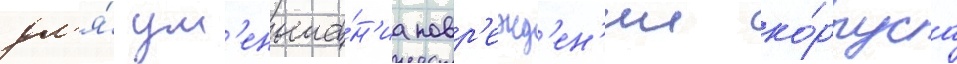
дл'я́ ум'еньше́н'иа повр'ежд'ен'ии ко́рпуса